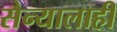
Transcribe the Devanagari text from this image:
सैन्यालाही